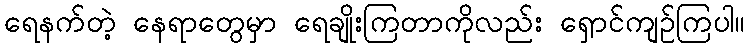
ရေနက်တဲ့ နေရာတွေမှာ ရေချိုးကြတာကိုလည်း ရှောင်ကျဉ်ကြပါ။